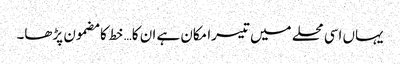
یہاں اسی محلے میں تیسرا مکان ہے ان کا… خط کا مضمون پڑھا۔